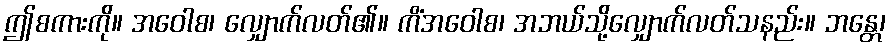
ဤစကားကို။ အဝေါစ၊ လျှောက်လတ်၏။ ကိံအဝေါစ၊ အဘယ်သို့လျှောက်လတ်သနည်း။ ဘန္တေ၊